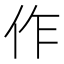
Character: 作